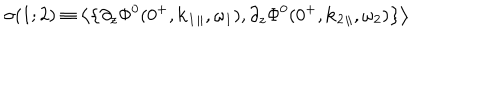
LaTeX: \sigma ( 1 ; 2 ) \equiv \left\langle \left\{ \partial _ { z } \Phi ^ { 0 } ( 0 ^ { + } , { \bf k } _ { 1 } { } _ { \| } , \omega _ { 1 } ) , \partial _ { z } \Phi ^ { 0 } ( 0 ^ { + } , { \bf k } _ { 2 } { } _ { \| } , \omega _ { 2 } ) \right\} \right\rangle